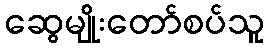
ဆွေမျိုးတော်စပ်သူ